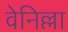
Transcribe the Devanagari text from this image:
वेनिल्ला